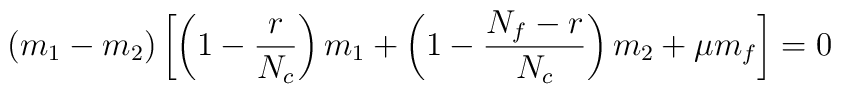
(m_{1}-m_{2})\left[\left(1-\frac{r}{N_{c}}\right)m_{1}+\left(1-\frac{N_{f}-r}{N_{c}}\right)m_{2}+\mu m_{f}\right]=0